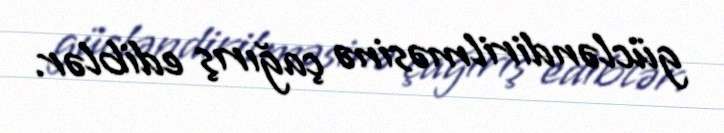
gücləndirilməsinə çağırış ediblər.